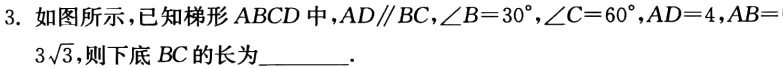
3. 如图所示，已知梯形 \(ABCD\) 中，\(AD\parallel BC\)，\(\angle B = 30^{\circ}\)，\(\angle C = 60^{\circ}\)，\(AD = 4\)，\(AB = 3\sqrt{3}\)，则下底 \(BC\) 的长为________．